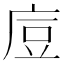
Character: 㢄